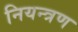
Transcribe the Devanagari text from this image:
नियन्‍त्रण